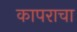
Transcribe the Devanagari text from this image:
कापराचा